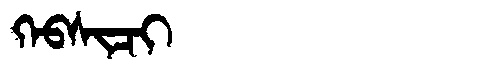
Manchu: ᡴᡝᠪᠰᡳᠴᡳ
Romanization: KEBSICI